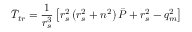
\Bar { T } _ { t r } = \frac { 1 } { r _ { s } ^ { 3 } } \left[ r _ { s } ^ { 2 } \left( r _ { s } ^ { 2 } + n ^ { 2 } \right) \Bar { P } + r _ { s } ^ { 2 } - q _ { m } ^ { 2 } \right]